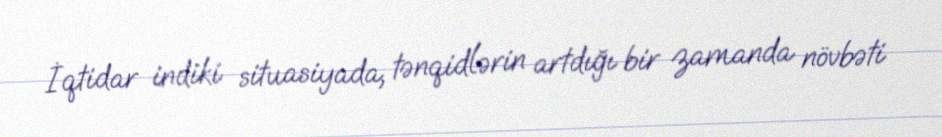
İqtidar indiki situasiyada, tənqidlərin artdığı bir zamanda növbəti